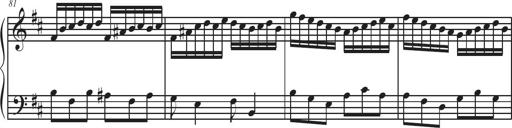
Title: Sonatina Espania
Composer: Jerald Franklin Archer
Key: Various